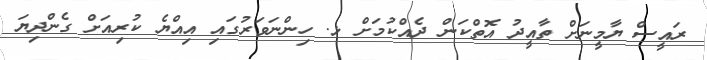
ރައީސް ޔާމީނަށް ތާއީދު އޮތްކަން ދެއްކުމަށް ޅ. ހިންނަވަރުގައި އިއްޔެ ކުރިއަށް ގެންދިޔަ